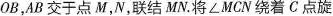
OB，AB 交于点 M，N，联结 MN。将 ∠MCN 绕着 C 点旋